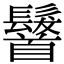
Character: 𩠷